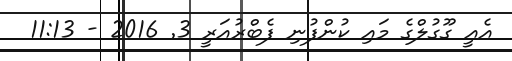
އެއީ ގޫގުލްގެ މައި ކުންފުނި ފެބްރުއަރީ 3